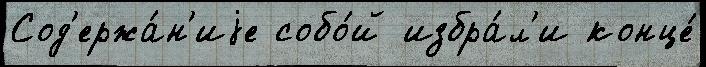
Сод'ержа́н'иjе собо́й избра́л'и конце́